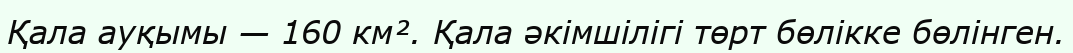
Қала ауқымы — 160 км². Қала әкімшілігі төрт бөлікке бөлінген.